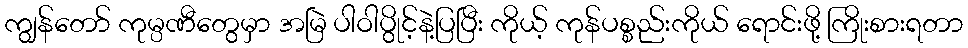
ကျွန်တော် ကုမ္ပဏီတွေမှာ အမြဲ ပါဝါပွိုင့်နဲ့ပြပြီး ကိုယ့် ကုန်ပစ္စည်းကိုယ် ရောင်းဖို့ ကြိုးစားရတာ